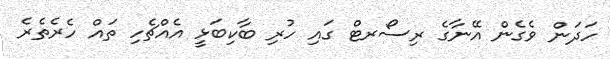
ހަދަން ވެގެން އޭނާގެ ރިސޯރޓް ގައި ހުރި ބާކިބަޅީ އެއްޗެހި ތައް ހެރެތެރެ